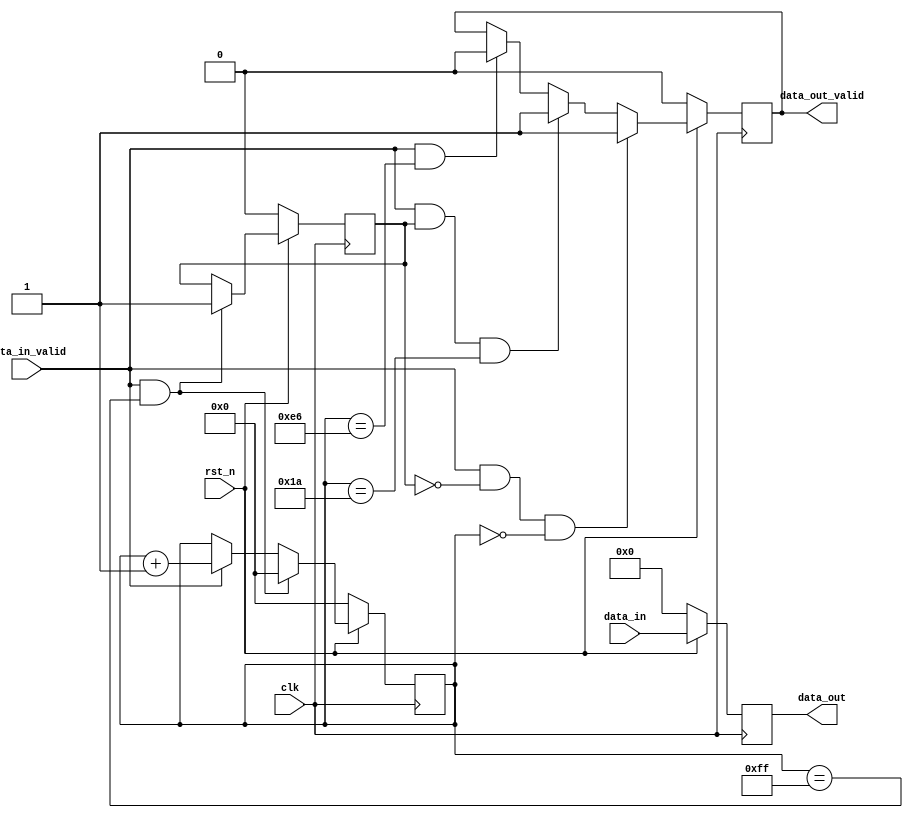
`timescale 1ns / 1ps
//////////////////////////////////////////////////////////////////////////////////
// Company: 
// Engineer: 
// 
// Design Name: 
// Module Name: data_select
// Project Name: 
// Target Devices: 
// Tool Versions: 
// Description: 
// 
// Dependencies: 
// 
// Revision:
// Revision 0.01 - File Created
// Additional Comments:
// 
//////////////////////////////////////////////////////////////////////////////////


module data_select#(
 parameter   select_cnt=26,
 parameter   frame_width =256, 
 parameter   data_width=32
)
(
  input                     clk,
  input                     rst_n,
  input  [data_width-1:0]   data_in,
  input                     data_in_valid, 
  output [data_width-1:0]   data_out, 
  output                    data_out_valid  
);
  reg  [7:0]                frame_cnt=8'd0,frame_cnt_next;
  reg                       first_frame_sig=1'b0,first_frame_sig_next;
  reg  [data_width-1:0]     r_data_out={data_width{1'b0}};
  reg                       r_data_out_valid=1'b0,r_data_out_valid_next;
  
  assign  data_out=r_data_out;
  assign  data_out_valid=r_data_out_valid;
  
  always@*
  begin
   frame_cnt_next=frame_cnt;
    if(data_in_valid&&(frame_cnt==(frame_width-1'b1)))
   frame_cnt_next=8'd0;
   else if(data_in_valid)
    frame_cnt_next=frame_cnt+1'b1;
  end
  
  always@*
  begin
   first_frame_sig_next=first_frame_sig;
    if(data_in_valid&&(frame_cnt==(frame_width-1'b1)))
   first_frame_sig_next=1'd1;
   
  end
  
   always@*
  begin
   r_data_out_valid_next=r_data_out_valid;
   if(data_in_valid&&(!first_frame_sig)&&(frame_cnt==8'd0))
   r_data_out_valid_next=1'b1;
   else if(data_in_valid&&first_frame_sig&&(frame_cnt==(select_cnt)))
   r_data_out_valid_next=1'b1;
   
  else  if(data_in_valid&&(frame_cnt==(frame_width-select_cnt)))
   r_data_out_valid_next=1'b0;
  
  end
  
  always@(posedge  clk)
   begin
    frame_cnt<=(!rst_n)?8'd0:frame_cnt_next;
    first_frame_sig<=(!rst_n)?1'b0:first_frame_sig_next;
	r_data_out<=(!rst_n)?{data_width{1'b0}}:data_in;
    r_data_out_valid<=(!rst_n)?1'b0:r_data_out_valid_next;
   end
  
  endmodule